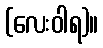
(လေးဝါရ)။